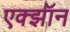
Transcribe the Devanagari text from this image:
एक्झॉन